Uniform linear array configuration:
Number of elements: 32
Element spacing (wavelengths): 0.5
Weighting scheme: binomial
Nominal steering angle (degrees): -60
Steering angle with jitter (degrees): -60.514
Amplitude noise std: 0.05
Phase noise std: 0.05

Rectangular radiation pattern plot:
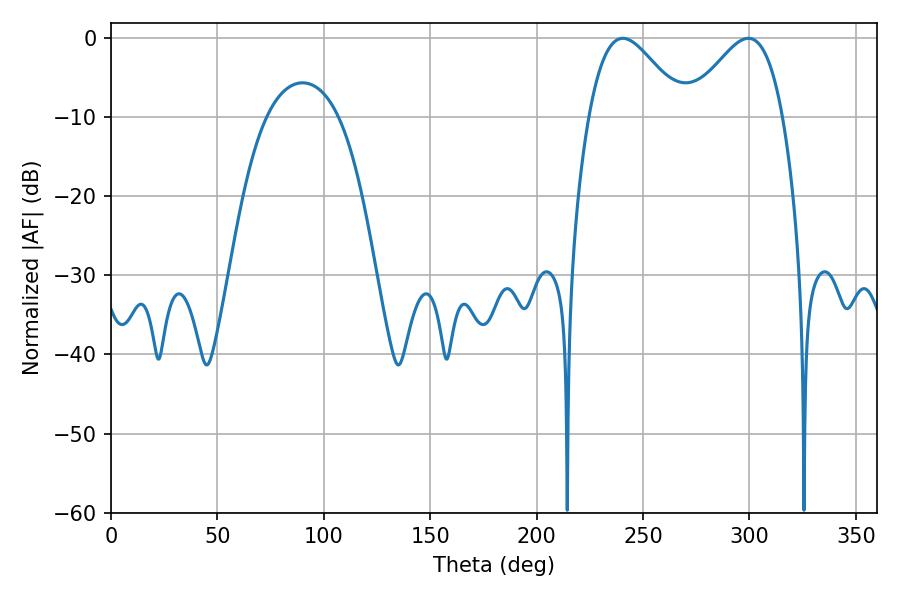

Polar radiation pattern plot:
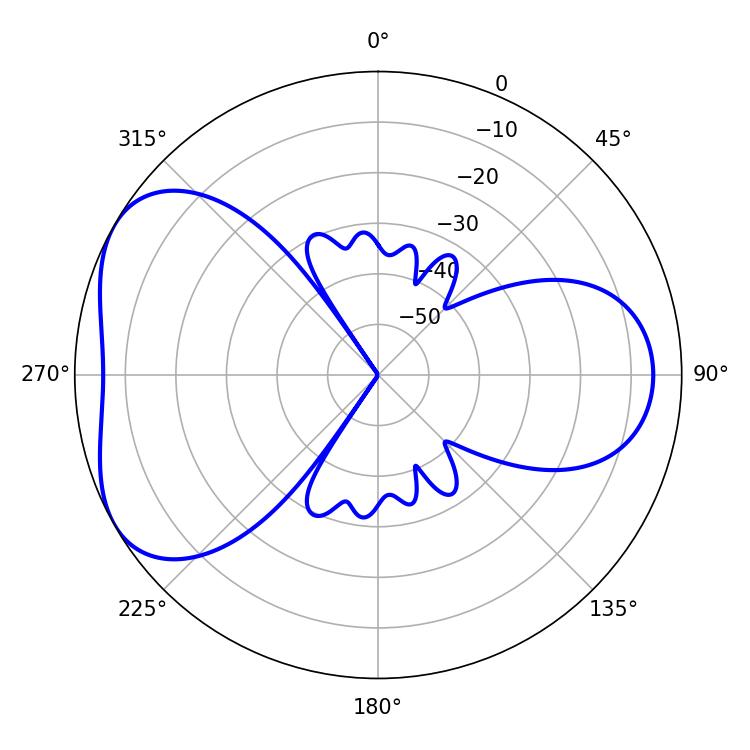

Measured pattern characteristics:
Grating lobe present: FALSE
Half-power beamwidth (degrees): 23.76
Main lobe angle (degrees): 240.48